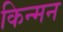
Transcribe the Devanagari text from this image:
किन्मन